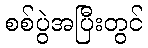
စစ်ပွဲအပြီးတွင်